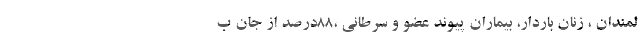
لمندان ، زنان باردار، بیماران پیوند عضو و سرطانی ،۸۸درصد از جان ب